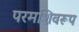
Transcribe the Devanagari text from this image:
परमशिवरूप